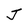
Character: J